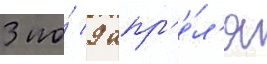
3 по́ 9 апр'е́л'я